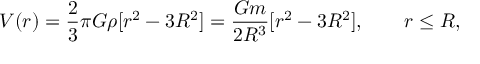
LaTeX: V ( r ) = { \frac { 2 } { 3 } } \pi G \rho [ r ^ { 2 } - 3 R ^ { 2 } ] = { \frac { G m } { 2 R ^ { 3 } } } [ r ^ { 2 } - 3 R ^ { 2 } ] , \qquad r \leq R ,